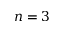
n = 3